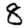
Digit: 8